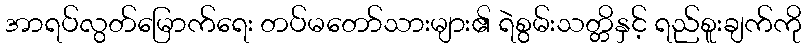
အာရပ်လွတ်မြောက်ရေး တပ်မတော်သားများ၏ ရဲစွမ်းသတ္တိနှင့် ရည်စူးချက်ကို